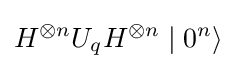
H^{\otimes n}U_{q}H^{\otimes n}\mid 0^{n}\rangle